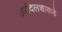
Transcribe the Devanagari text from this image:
आदिलशाकडे